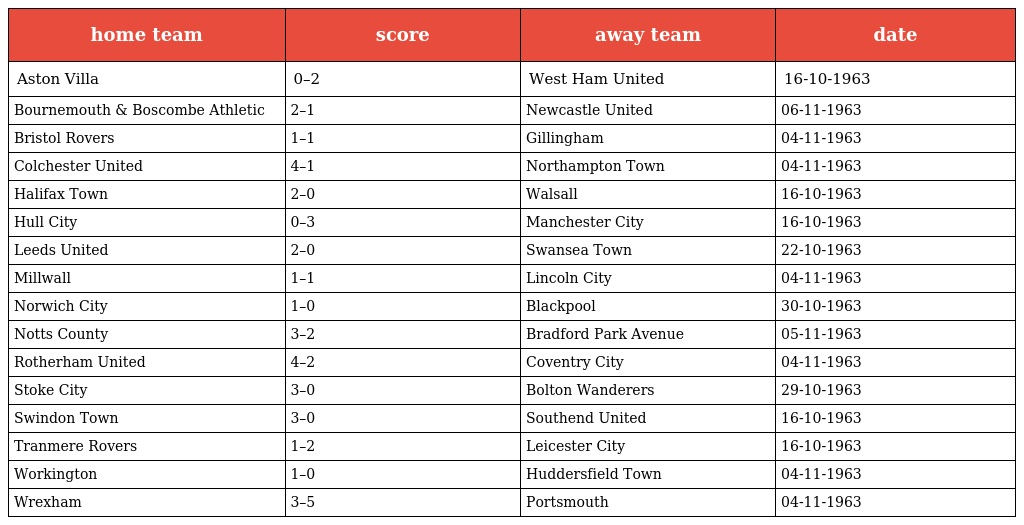
| home team | score | away team | date |
 | --- | --- | --- | --- |
 | Aston Villa | 0–2 | West Ham United | 16-10-1963 |
 | Bournemouth & Boscombe Athletic | 2–1 | Newcastle United | 06-11-1963 |
 | Bristol Rovers | 1–1 | Gillingham | 04-11-1963 |
 | Colchester United | 4–1 | Northampton Town | 04-11-1963 |
 | Halifax Town | 2–0 | Walsall | 16-10-1963 |
 | Hull City | 0–3 | Manchester City | 16-10-1963 |
 | Leeds United | 2–0 | Swansea Town | 22-10-1963 |
 | Millwall | 1–1 | Lincoln City | 04-11-1963 |
 | Norwich City | 1–0 | Blackpool | 30-10-1963 |
 | Notts County | 3–2 | Bradford Park Avenue | 05-11-1963 |
 | Rotherham United | 4–2 | Coventry City | 04-11-1963 |
 | Stoke City | 3–0 | Bolton Wanderers | 29-10-1963 |
 | Swindon Town | 3–0 | Southend United | 16-10-1963 |
 | Tranmere Rovers | 1–2 | Leicester City | 16-10-1963 |
 | Workington | 1–0 | Huddersfield Town | 04-11-1963 |
 | Wrexham | 3–5 | Portsmouth | 04-11-1963 |